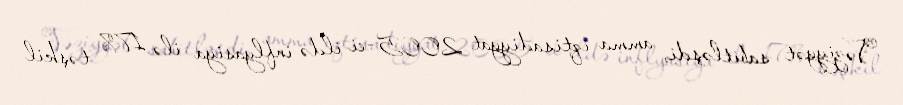
Vəziyyət sabitləşdi, amma iqtisadiyyat 2005-ci ildə inflyasiya ilə 17% təşkil